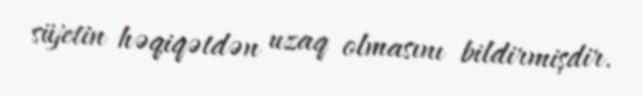
süjetin həqiqətdən uzaq olmasını bildirmişdir.